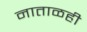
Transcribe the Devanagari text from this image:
नाताळही